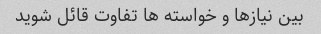
بین نیازها و خواسته ها تفاوت قائل شوید